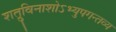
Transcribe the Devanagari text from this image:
शत्रुविनाशोऽभ्युपगन्तव्य